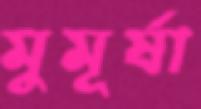
মুমূর্ষা